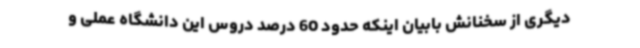
دیگری از سخنانش بابیان اینکه حدود 60 درصد دروس این دانشگاه عملی و